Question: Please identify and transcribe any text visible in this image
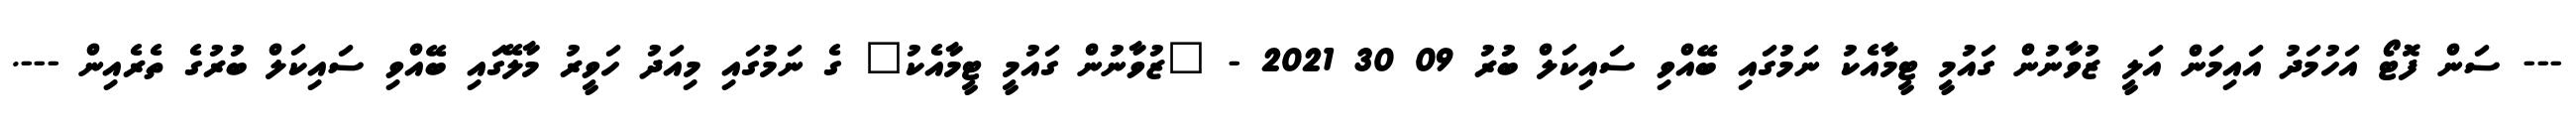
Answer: --- ސަން ފޮޓޯ އަހުމަދު އައިމަން އަލީ ޒުވާނުން ގައުމީ ޓީމާއެކު ނަމުގައި ބޭއްވި ސައިކަލް ބުރު 09 30 2021 - "ޒުވާނުން ގައުމީ ޓީމާއެކު" ގެ ނަމުގައި މިއަދު ހަވީރު މާލޭގައި ބޭއްވި ސައިކަލް ބުރުގެ ތެރެއިން ---.